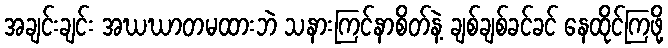
အချင်းချင်း အဃဃာတမထားဘဲ သနားကြင်နာစိတ်နဲ့ ချစ်ချစ်ခင်ခင် နေထိုင်ကြဖို့